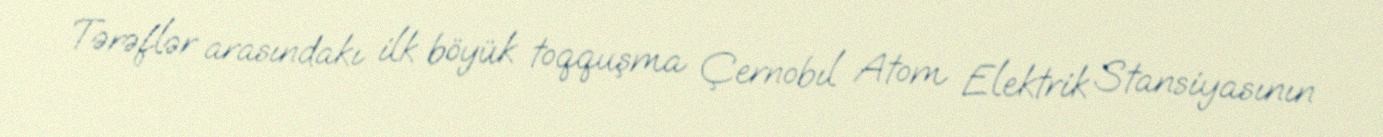
Tərəflər arasındakı ilk böyük toqquşma Çernobıl Atom Elektrik Stansiyasının